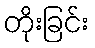
တိုးခြင်း